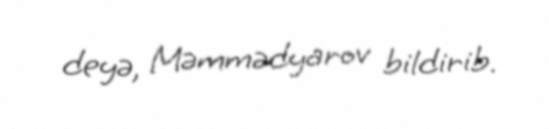
deyə, Məmmədyarov bildirib.